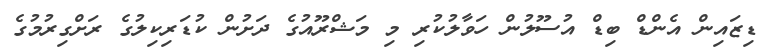
ޑިޒައިން އެންޑް ބިޑް އުސޫލުން ހަވާލުކުރި މި މަޝްރޫއުގެ ދަށުން ކުޑަރިކިލުގެ ރަށްގިރުމުގެ